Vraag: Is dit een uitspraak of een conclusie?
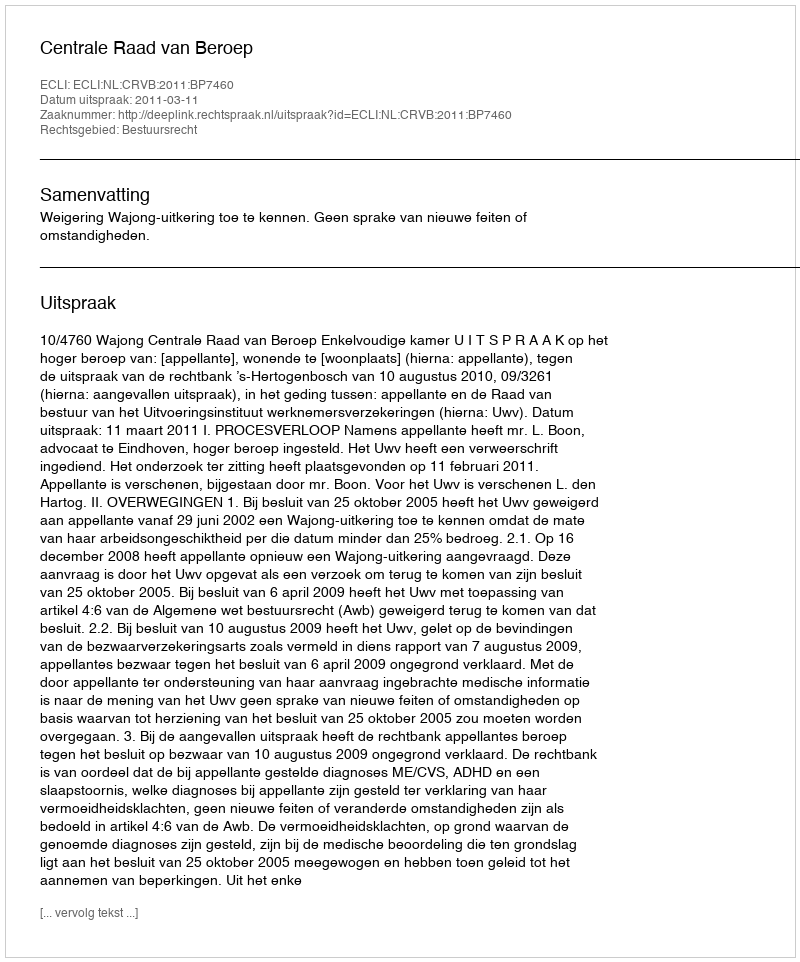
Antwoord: Uitspraak